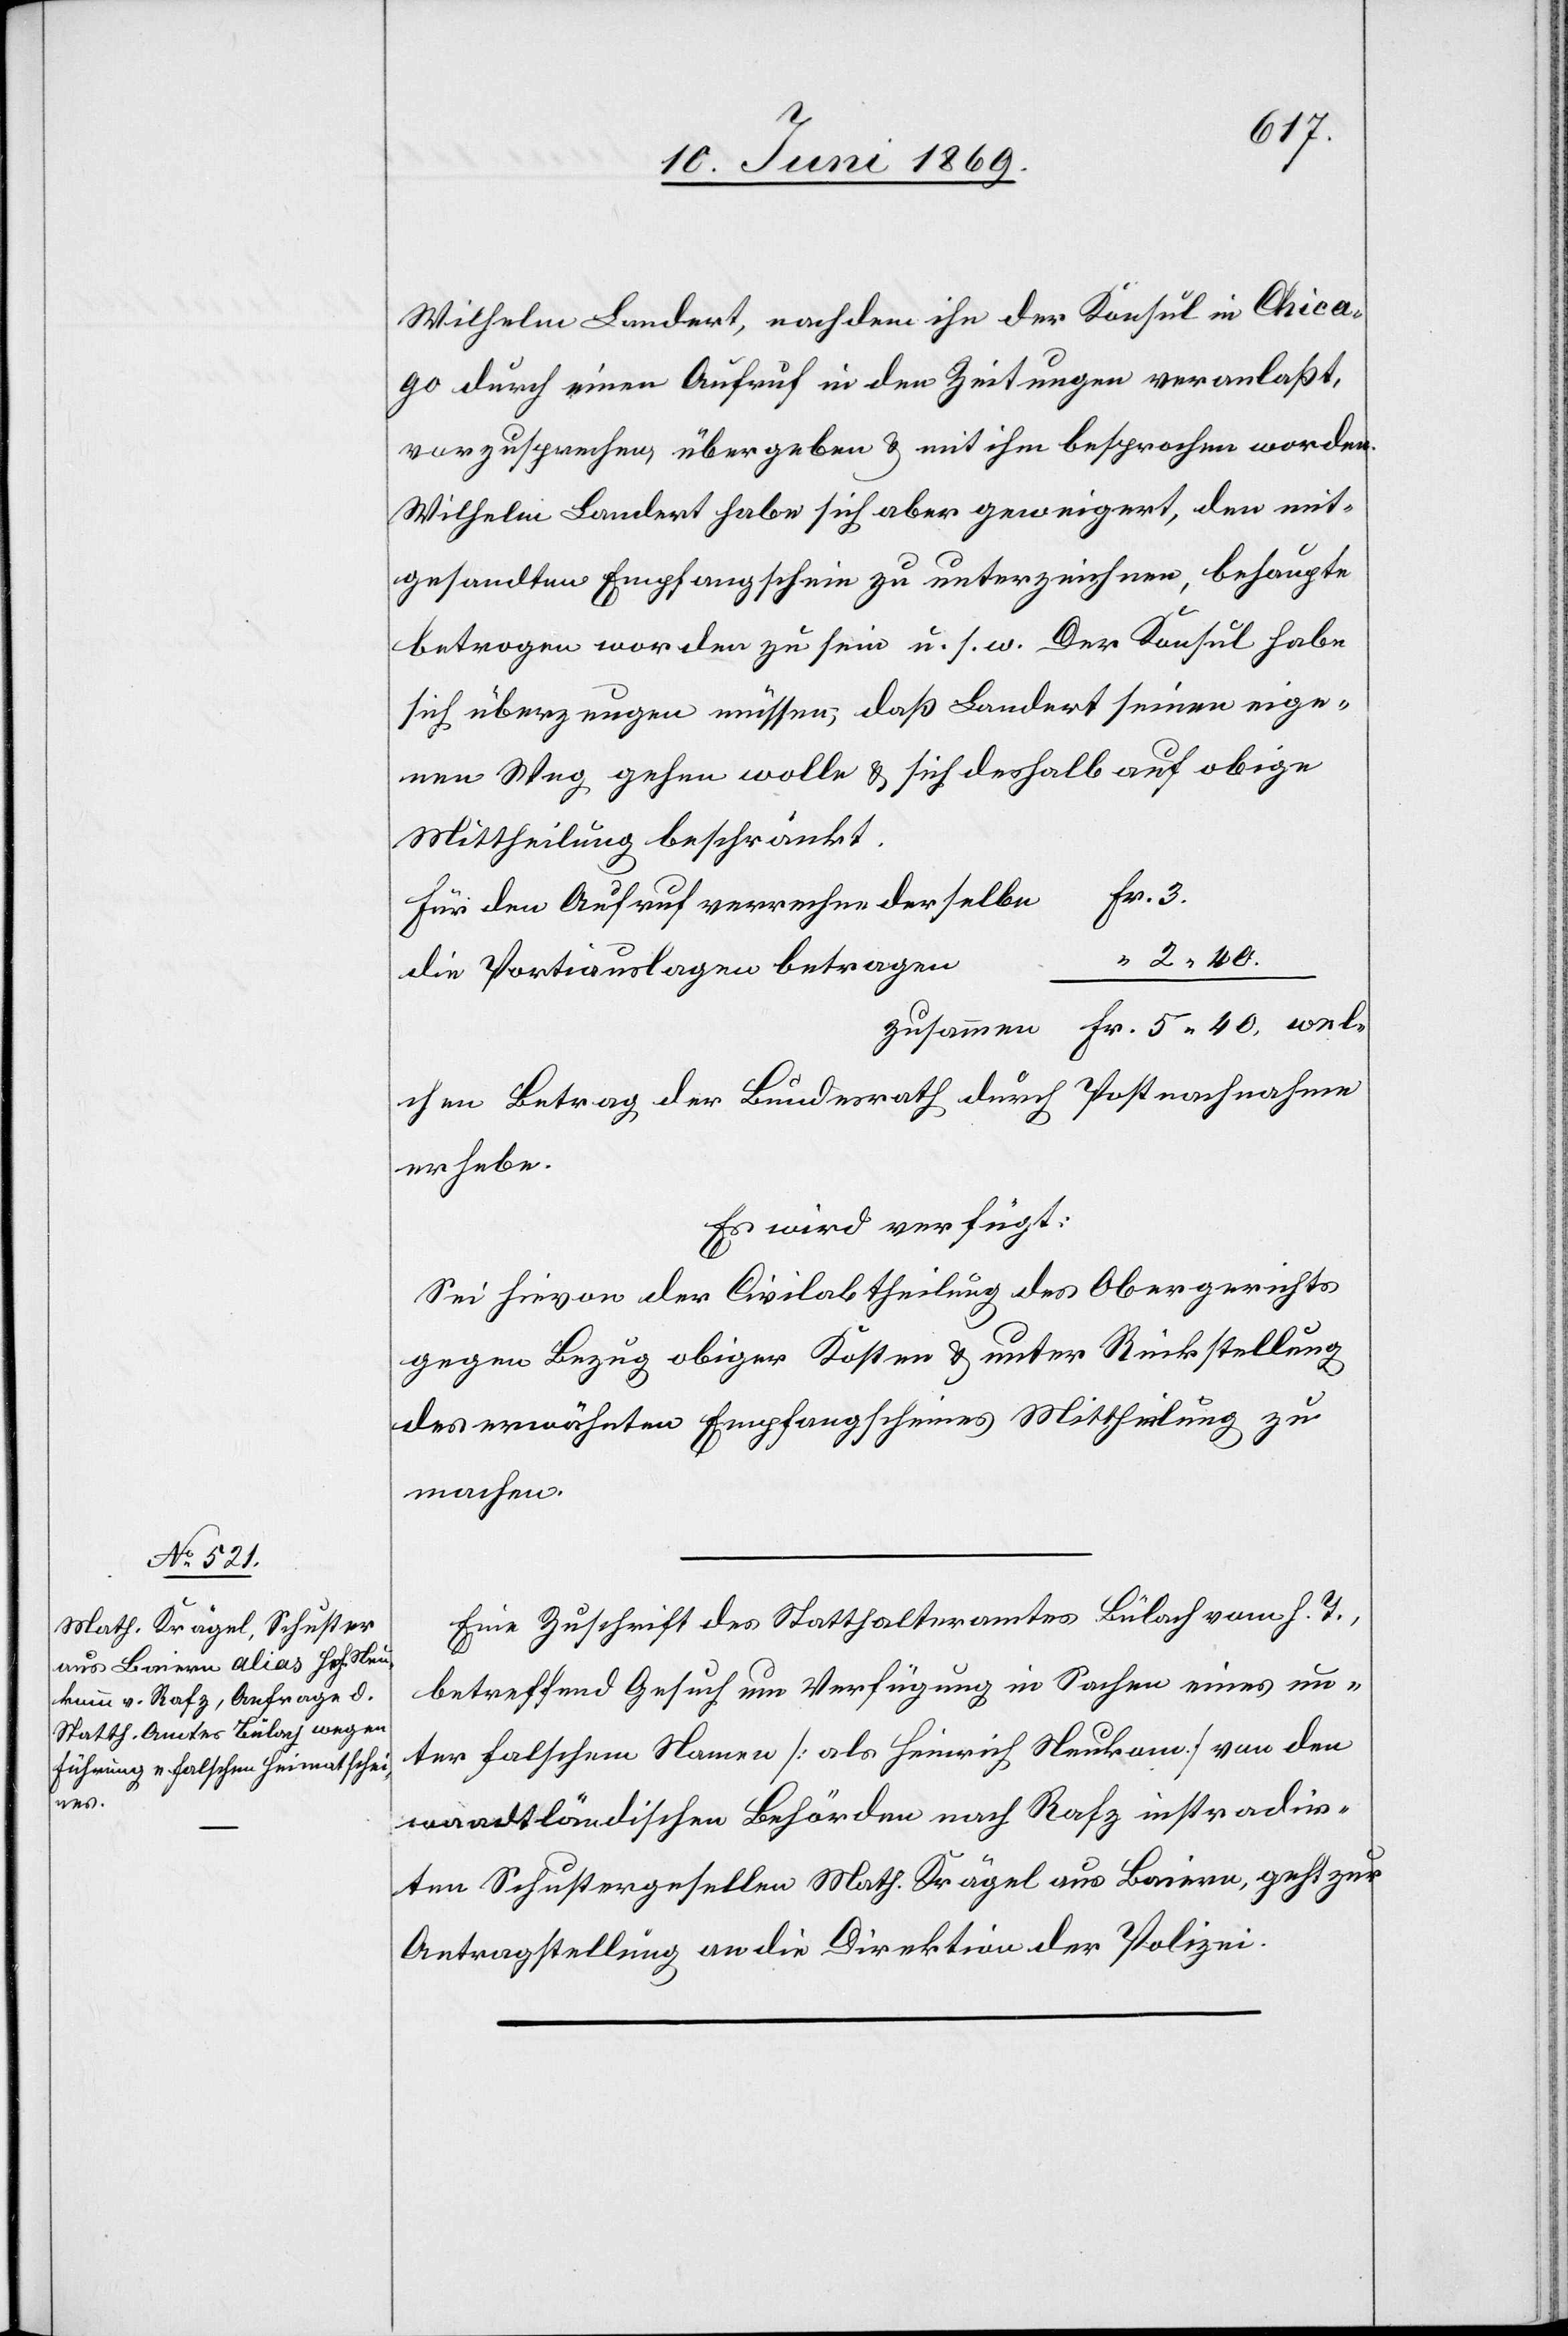
11. Juni 1869.]
Wilhelm Landert, nachdem ihn der Konsul in Chica¬
go durch einen Aufruf in den Zeitungen veranlaßt,
vorzusprechen, übergeben u mit ihm besprochen worden.
Wilhelm Landert habe sich aber geweigert, den mit¬
gesandten Empfangsschein zu unterzeichnen, behaupte
betrogen worden zu sein u. s. w. Der Konsul habe
sich überzeugen müssen, daß Landert seinen eige¬
nen Weg gehen wolle u. sich deshalb auf obige
Mittheilung beschränkt.
Fr. 3
Für den Aufruf verrechne derselbe
Die Portiauslagen betragen	“
zusammen Fr. 5.40, wel¬
chen Betrag der Bundesrath durch Postnachnahme
erhebe.
Es wird verfügt:
Sei hievon der Civilabtheilung des Obergerichts
gegen Bezug obiger Kosten u. unter Rückstellung
des erwähnten Empfangsscheines Mittheilung zu
machen.
Eine Zuschrift des Statthalteramtes Bülach vom h. T.,
betreffend Gesuch um Verfügung in Sachen eines un¬
ter falschem Namen [als Heinrich Neukomm] von den
waadtländischen Behörden nach Rafz instradir¬
ten Schustergesellen Math. Krägel aus Baiern, geht zur
Antragstellung an die Direktion der Polizei.